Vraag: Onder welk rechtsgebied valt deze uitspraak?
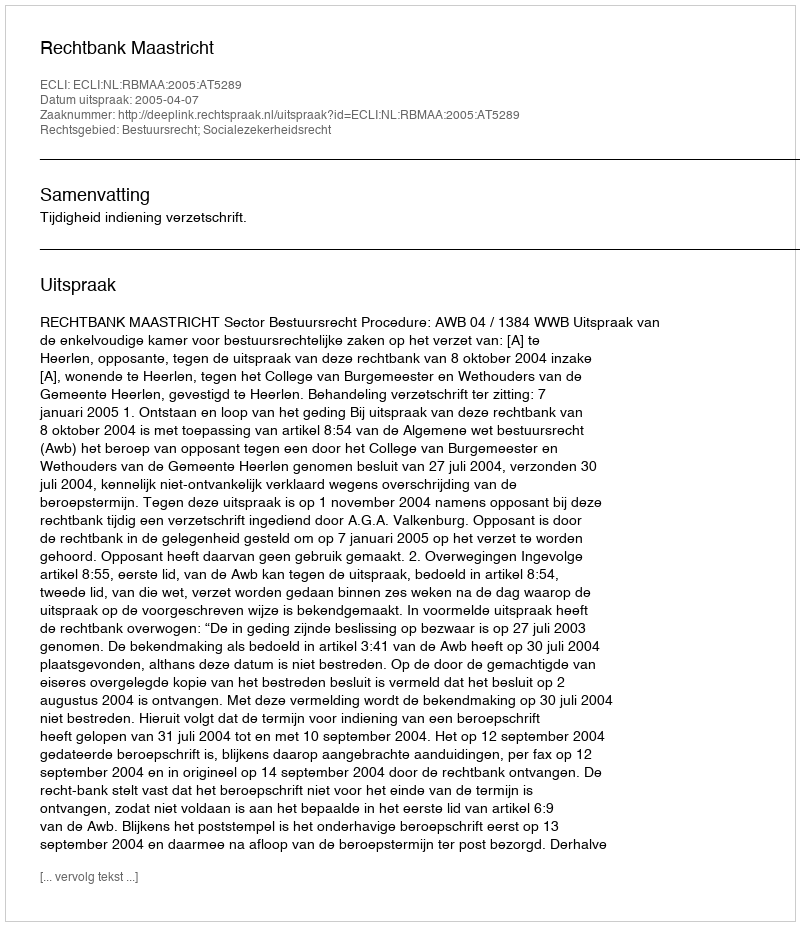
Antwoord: Bestuursrecht; Socialezekerheidsrecht